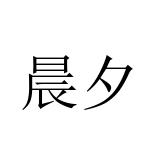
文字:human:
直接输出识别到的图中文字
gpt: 晨夕